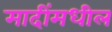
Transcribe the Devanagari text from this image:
मादींमधील